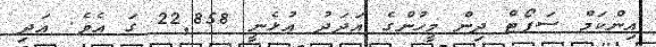
އިންކަމް ސަޕޯޓް ދިން މީހުންގެ އަދަދު އުޅެނީ 22